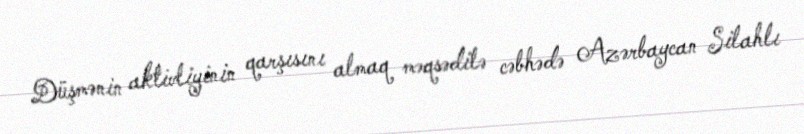
Düşmənin aktivliyinin qarşısını almaq məqsədilə cəbhədə Azərbaycan Silahlı